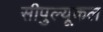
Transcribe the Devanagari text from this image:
सीपुल्यूकल